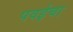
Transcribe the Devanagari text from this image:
पवईचा